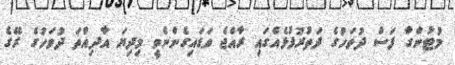
މުޓުންގާ ފަސް ދުވަހުގެ ދަތުރުފުޅެއްގައި ރާއްޖެ ވަޑައިގެންނެވީ މިދިޔަ އާދިއްތަ ދުވަހުގެ ރޭގެ